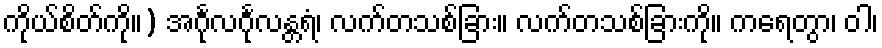
ကိုယ်စိတ်ကို။) အင်္ဂုလင်္ဂုလန္တရံ၊ လက်တသစ်ခြား။ လက်တသစ်ခြားကို။ ကရေတွာ၊ ဝါ၊